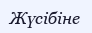
Жүсібіне